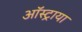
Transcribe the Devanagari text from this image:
ऑस्ट्राया